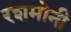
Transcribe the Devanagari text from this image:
रशमोनी